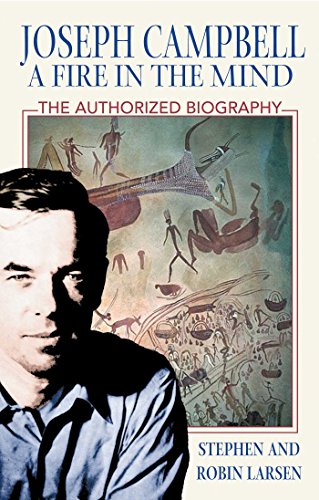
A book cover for Joseph Campbell: A Fire in the Mind; Stephen Larsen; Biographies & Memoirs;